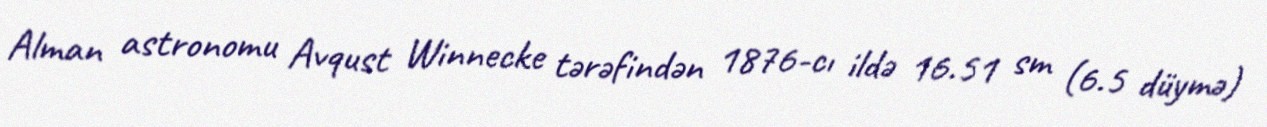
Alman astronomu Avqust Winnecke tərəfindən 1876-cı ildə 16.51 sm (6.5 düymə)